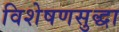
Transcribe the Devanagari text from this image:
विशेषणसुद्धा